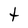
Character: t